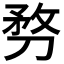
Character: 𠝸